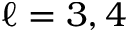
\ell = 3 , 4